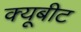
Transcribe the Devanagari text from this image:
क्यूबीट